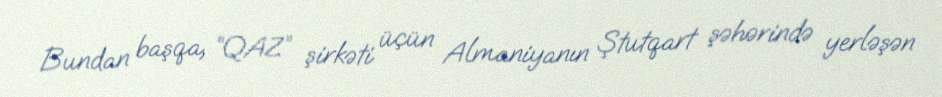
Bundan başqa, “QAZ” şirkəti üçün Almaniyanın Ştutqart şəhərində yerləşən